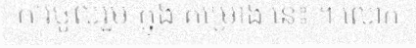
ការចូលរួម ក្នុង គម្រោង នេះ ។ លោក